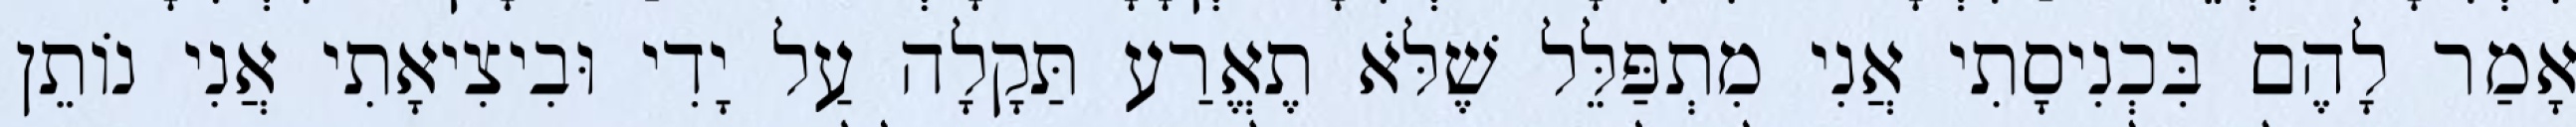
אָמַר לָהֶם בִּכְנִיסָתִי אֲנִי מִתְפַּלֵּל שֶׁלֹּא תֶאֱרַע תַּקָלָה עַל יָדִי וּבִיצִיאָתִי אֲנִי נוֹתֵן